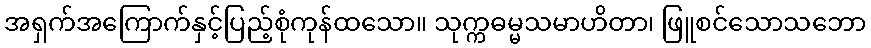
အရှက်အကြောက်နှင့်ပြည့်စုံကုန်ထသော။ သုက္ကဓမ္မသမာဟိတာ၊ ဖြူစင်သောသဘော